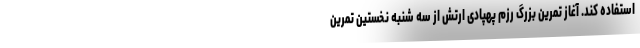
استفاده کند. آغاز تمرین بزرگ رزم پهپادی ارتش از سه شنبه نخستین تمرین